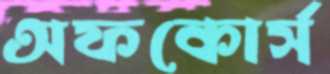
অফকোর্স